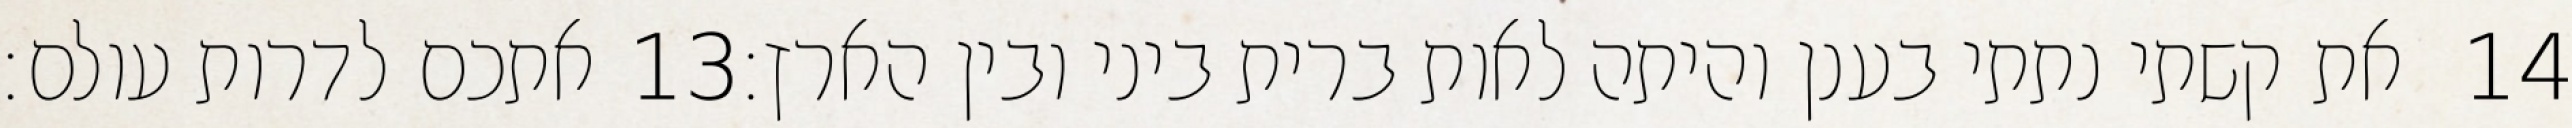
אתכם לדרות עולם׃ ‎13‏ את קשתי נתתי בענן והיתה לאות ברית ביני ובין הארץ׃ ‎14‏